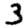
Digit: 3